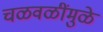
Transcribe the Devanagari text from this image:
चळवळींमुळे